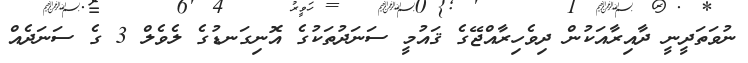
ނުވަތަދީނީ ދާއިރާއަކުން ދިވެހިރާއްޖޭގެ ޤައުމީ ސަނަދުތަކުގެ އޮނިގަނޑުގެ ލެވެލް 3 ގެ ސަނަދެއް